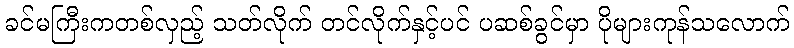
ခင်မကြီးကတစ်လှည့် သတ်လိုက် တင်လိုက်နှင့်ပင် ပဆစ်ခွင်မှာ ပိုများကုန်သလောက်